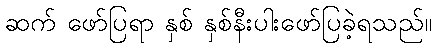
ဆက် ဖော်ပြရာ နှစ် နှစ်နီးပါးဖော်ပြခဲ့ရသည်။